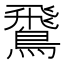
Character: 𫛊